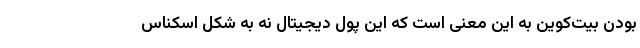
بودن بیت‌کوین به این معنی است که این پول دیجیتال نه به شکل اسکناس